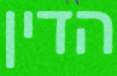
הדין